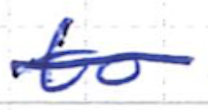
Text: to
Cross-out: single-line
Writing tool: ballpoint